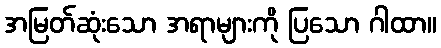
အမြတ်ဆုံးသော အရာများကို ပြသော ဂါထာ။